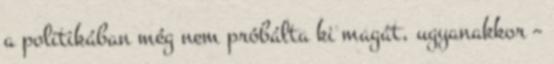
a politikában még nem próbálta ki magát, ugyanakkor –